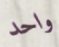
واحد